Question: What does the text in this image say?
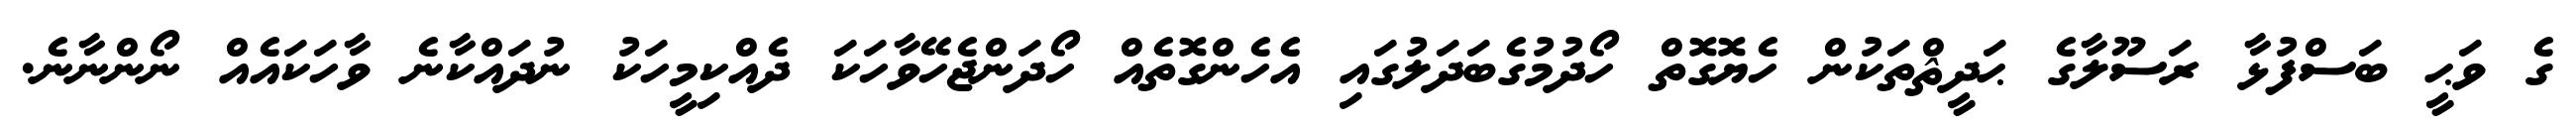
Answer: ގެ ވަޙީ ބަސްފުޅާ ރަސޫލާގެ ޙަދީޘްތަކުން ހެޔޮގޮތް ހޯދުމުގެބަދަލުގައި އެހެންގޮތެއް ހޯދަންޖެހޭވާހަކަ ދެއްކިމީހަކު ނުދައްކާނެ ވާހަކައެއް ނޯންނާނެ.